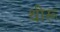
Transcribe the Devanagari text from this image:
थीरू